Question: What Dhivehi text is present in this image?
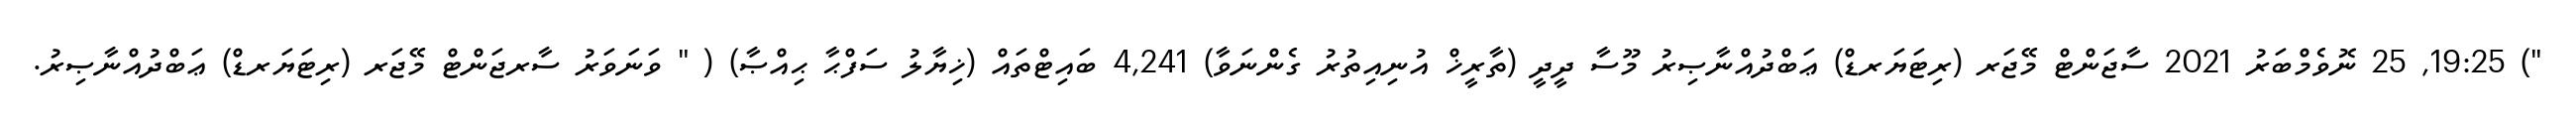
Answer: ") 19:25, 25 ނޮވެމްބަރު 2021 ސާޖަންޓް މޭޖަރ (ރިޓަޔަރޑް) ޢަބްދުއްނާޞިރު މޫސާ ދީދީ (ތާރީޚް އުނިއިތުރު ގެންނަވާ) 4,241 ބައިޓްތައް (ޚިޔާލު ސަފްޙާ ޙިއްޞާ) ( " ވަނަވަރު ސާރޖަންޓް މޭޖަރ (ރިޓަޔަރޑް) ޢަބްދުއްނާޞިރު.